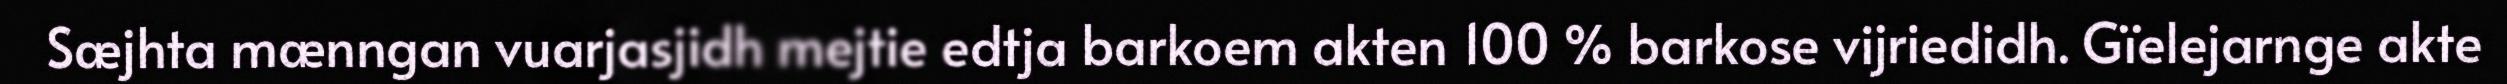
Sæjhta mænngan vuarjasjidh mejtie edtja barkoem akten 100 % barkose vijriedidh. Gïelejarnge akte